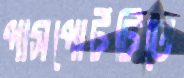
পাসপোর্টটিতে